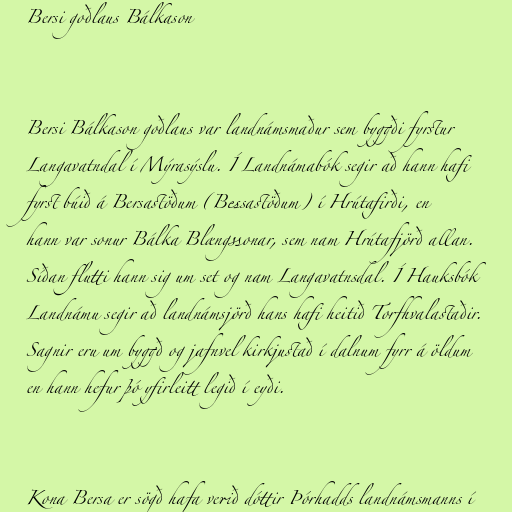
Bersi goðlaus Bálkason

Bersi Bálkason goðlaus var landnámsmaður sem byggði fyrstur
Langavatndal í Mýrasýslu. Í Landnámabók segir að hann hafi
fyrst búið á Bersastöðum (Bessastöðum) í Hrútafirði, en
hann var sonur Bálka Blængssonar, sem nam Hrútafjörð allan.
Síðan flutti hann sig um set og nam Langavatnsdal. Í Hauksbók
Landnámu segir að landnámsjörð hans hafi heitið Torfhvalastaðir.
Sagnir eru um byggð og jafnvel kirkjustað í dalnum fyrr á öldum
en hann hefur þó yfirleitt legið í eyði.

Kona Bersa er sögð hafa verið dóttir Þórhadds landnámsmanns í